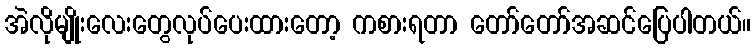
အဲလိုမျိုးလေးတွေလုပ်ပေးထားတော့ ကစားရတာ တော်တော်အဆင်ပြေပါတယ်။